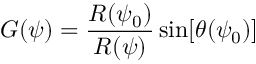
G ( \psi ) = \frac { R ( \psi _ { 0 } ) } { R ( \psi ) } \sin [ \theta ( \psi _ { 0 } ) ]